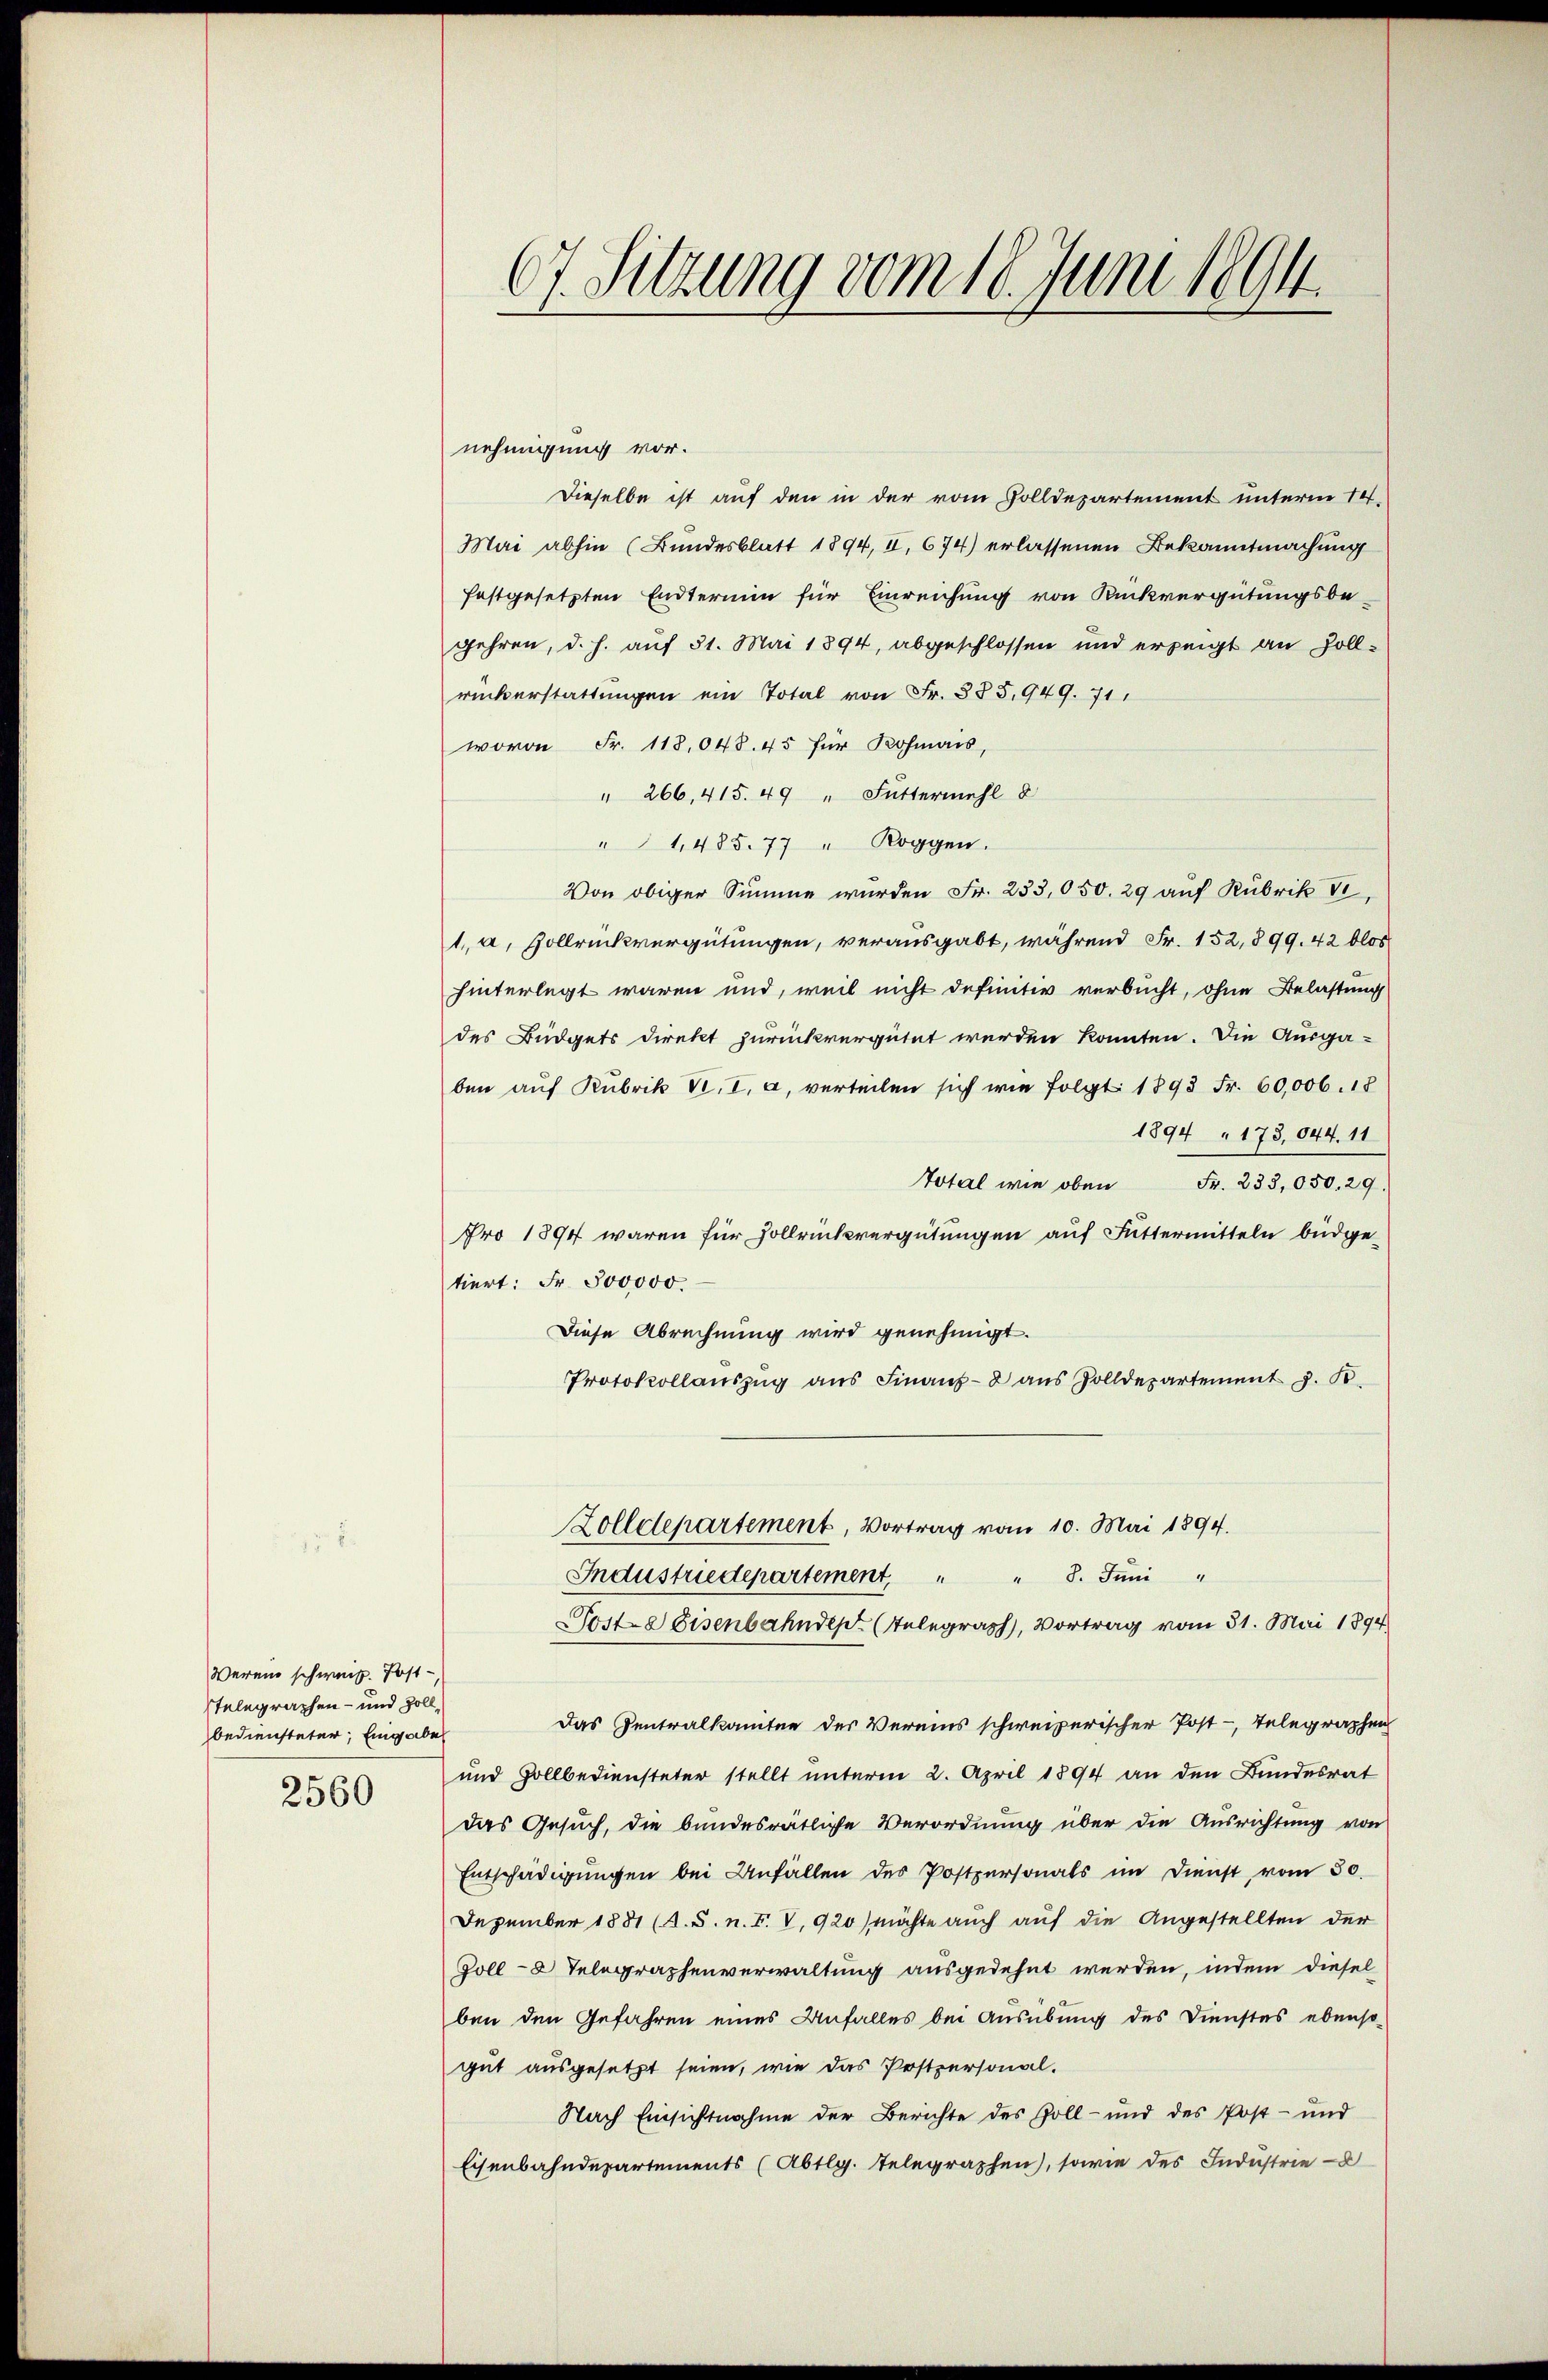
Weren schweiz. Post-
stelegraphen- und Zoll,
bediensteter, Eingabe
2560

nehmigung vor.
Dieselbe ist auf den in der vom Volldepartement unterm 14.
Mai abhin (Bundesblatt 1894, II, 674) erlassenen Bekanntmachung
festgesetzten Endtermin für Einreichung von Rückvergütungsbe-
gehren, d. h. auf 31. Mai 1894, abgeschlossen und erzeigt an sollrückerstattungen ein Total von Fr. 385,949. 71
wovon Fr. 118,048. 45 für Rohmais,
" 266, 415. 49 " Futtermehl 8
" 1485. 77 " Roggen.
Von obiger Summe wurden Fr. 233,050. 29 auf Rubrik V
1, a. Vollrückvergütungen, verausgabt, während Fr. 152,899. 42 blos
hinterlegt waren und, weil nicht definitiv verbucht, ohne Belastung
des Büdgets direkt zurückvergütet werden könnten. Die Ausgaben aŭf Rubrik d. I, a. verteilen sich wie folgt 1893 Fr. 60,006. 18
1894 " 173. 644. 11
Total wie oben Fr. 233,050. 29.
Pro 1894 waren für Hollrückvergütungen auf Futtermitteln büdgetiert: Fr. 500000.
Diese Abrechnung wird genehmigt.
Protokollaŭszŭg ans Finanz-8 aŭs Zolldepartement z. B.
Zolldepartement, Vortrag vom 10. Mai 1894.
Industriedepartement, " " 8. Juni "
Posta Eisenbahndep (Telegraph, Vortrag vom 31. Mai 1894
Das Zentralkomitee der Vereins schweizerischer Post-, Telegraphen
und Zollbediensteter stellt unterm 2. April 1894 an den Bundesrat
das Gesuch, die bundesrätliche Verordnung über die Ausrichtung von
Entschädigungen bei Anfällen des Postpersonals im Dienst vom 30.
Dezember 1881 (A. S. n. F. V, 920) möchte auch auf die Angestellten der
Goll-8 Telegraphenverwaltung ausgedehnt werden, indem diesel
ben den Gefahren eines Anfalles bei Ausübung des Dienstes ebenso-
gut ausgesetzt seien, wie das Postpersonal-
Nach Einsichtnahme der Berichte des Zoll- und des Post- und
Eisenbahndepartements (Abtlg. Telegraphen, sowie des Industrie-

67. Sitzung vom 18. Juni 1894.